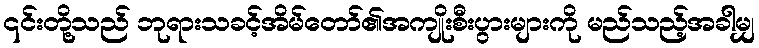
၎င်းတို့သည် ဘုရားသခင့်အိမ်တော်၏အကျိုးစီးပွားများကို မည်သည့်အခါမျှ